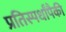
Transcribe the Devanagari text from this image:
प्रतिस्पर्धांपैकी